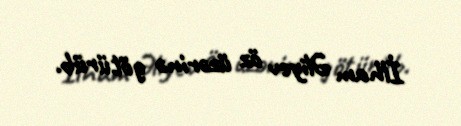
İlham Əliyev öz üzərinə götürüb.